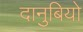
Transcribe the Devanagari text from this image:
दानुबियो